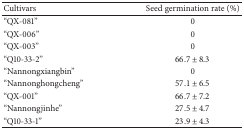
<table><thead><tr><td><b>Cultivars</b></td><td><b>Seed germination rate (%)</b></td></tr></thead><tbody><tr><td>“QX-081”</td><td>0</td></tr><tr><td>“QX-006”</td><td>0</td></tr><tr><td>“QX-003”</td><td>0</td></tr><tr><td>“Q10-33-2”</td><td>66.7 ± 8.3</td></tr><tr><td>“Nannongxiangbin”</td><td>0</td></tr><tr><td>“Nannonghongcheng”</td><td>57.1 ± 6.5</td></tr><tr><td>“QX-001”</td><td>66.7 ± 7.2</td></tr><tr><td>“Nannongjinhe”</td><td>27.5 ± 4.7</td></tr><tr><td>“Q10-33-1”</td><td>23.9 ± 4.3</td></tr></tbody></table>